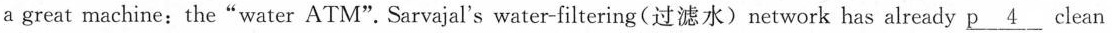
a great machine:the"water ATM". Sarvajal's water-filtering (过滤水)network has already \underline{p 4} clean